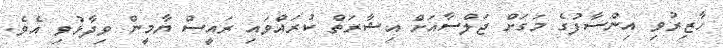
ހާޒިރުވި އިންސާފުގެ މަގަށް ޖަލްސާއަށް އިޝާރަތް ކުރައްވައި ރައީސް ޔާމީން ވިދާޅުވި އެވެ.